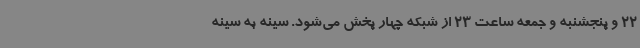
22 و پنجشنبه و جمعه ساعت 23 از شبکه چهار پخش می‌شود. سینه به سینه